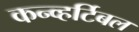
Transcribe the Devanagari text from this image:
कन्व्हर्टिबल